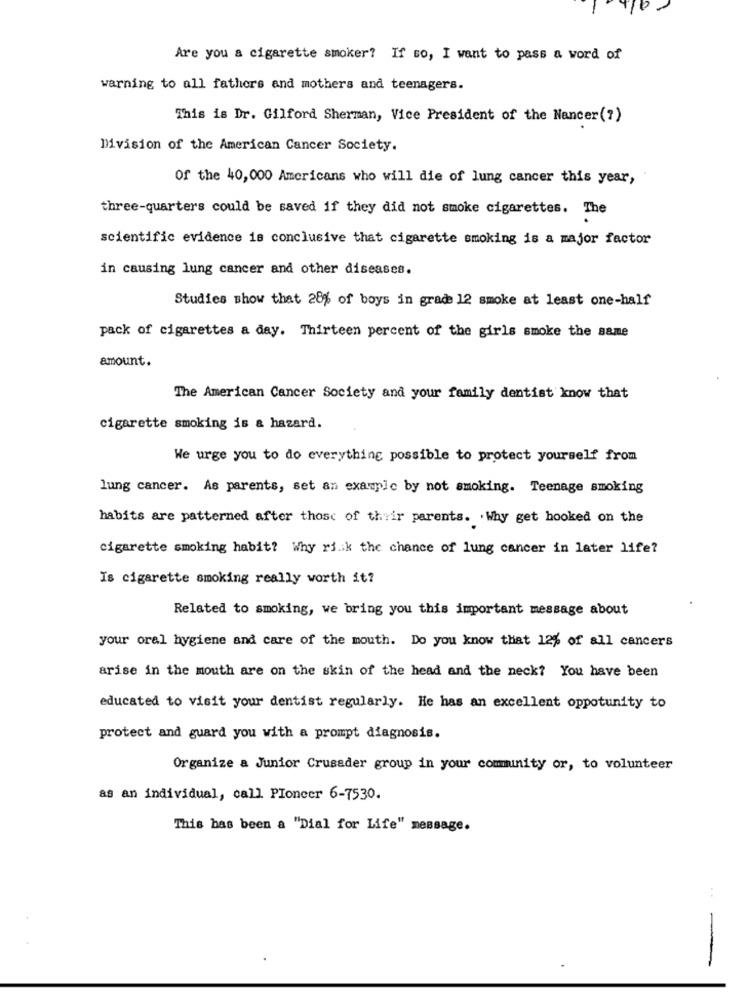
10
Are you a cigarette smoker? If so, I want to pass a word of
warning to all fathers and mothers and teenagers.
This is Dr. Gilford Sherman, Vice President of the Nancer(?)
Division of the American Cancer Society.
Of the 40, 000 Americans who will die of lung cancer this year,
three-quarters could be saved if they did not smoke cigarettes. The
scientific evidence is conclusive that cigarette smoking is a major factor
in causing lung cancer and other diseases.
Studies show that 28% of boys in grade 12 smoke at least one-half
pack of cigarettes a day. Thirteen percent of the girls smoke the same
amount.
The American Cancer Society and your family dentist know that
cigarette smoking is a hazard.
We urge you to do everything possible to protect yourself from
lung cancer. As parents, set an example by not smoking. Teenage smoking
habits are patterned after those of their parents. . Why get hooked on the
cigarette smoking habit? Why ri.ik the chance of lung cancer in later life?
Is cigarette smoking really worth it?
Related to smoking, we bring you this important message about
your oral hygiene and care of the mouth. Do you know that 12% of all cancers
arise in the mouth are on the skin of the head and the neck? You have been
educated to visit your dentist regularly. He has an excellent oppotunity to
protect and guard you with a prompt diagnosis.
Organize a Junior Crusader group in your community or, to volunteer
as an individual, call PIoneer 6-7530.
This has been a "Dial for Life" message.
:
-